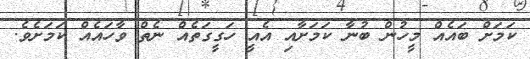
ކަމަށް ބައެއް މީހުން ބުނާ ކަމަށާއި އެއީ ހަގީގަތެއް ނެތް ވާހައެއް ކަމަށެވެ.